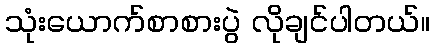
သုံးယောက်စာစားပွဲ လိုချင်ပါတယ်။